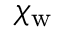
\chi _ { \mathrm { w } }